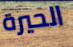
الحيرة